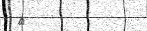
٥